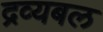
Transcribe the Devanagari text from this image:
द्रव्यबल